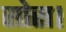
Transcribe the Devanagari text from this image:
सोस।